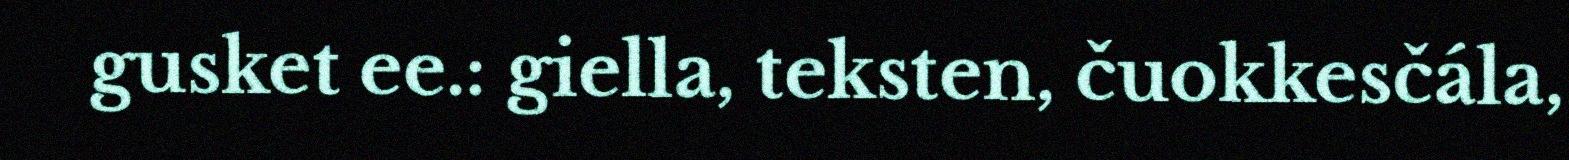
gusket ee.: giella, teksten, čuokkesčála,